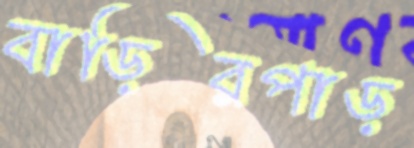
বাড়িরপাড়